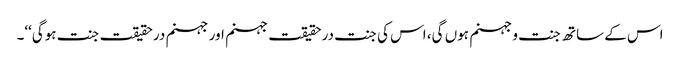
اس کے ساتھ جنت و جہنم ہوں گی، اس کی جنت درحقیقت جہنم اور جہنم درحقیقت جنت ہوگی‘‘۔